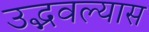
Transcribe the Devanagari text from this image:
उद्भवल्यास